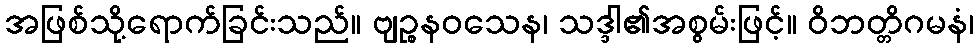
အဖြစ်သို့ရောက်ခြင်းသည်။ ဗျဉ္စနဝသေန၊ သဒ္ဒါ၏အစွမ်းဖြင့်။ ဝိဘတ္တိဂမနံ၊